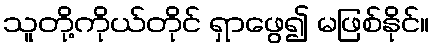
သူတို့ကိုယ်တိုင် ရှာဖွေ၍ မဖြစ်နိုင်။